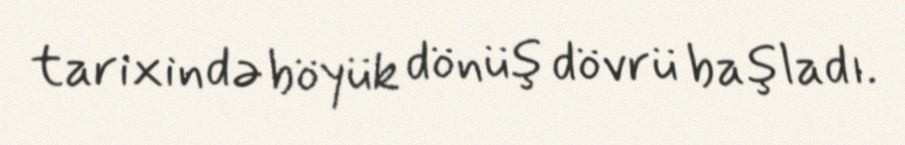
tarixində böyük dönüş dövrü başladı.